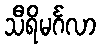
သီရိမင်္ဂလာ